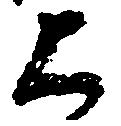
上